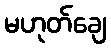
မဟုတ်ချေ